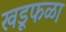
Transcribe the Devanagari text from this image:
खडूफळा